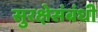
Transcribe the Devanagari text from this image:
सुरक्षेसंबंधी